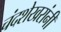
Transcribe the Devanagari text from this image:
चंदशेखरांनी